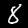
Digit: 8